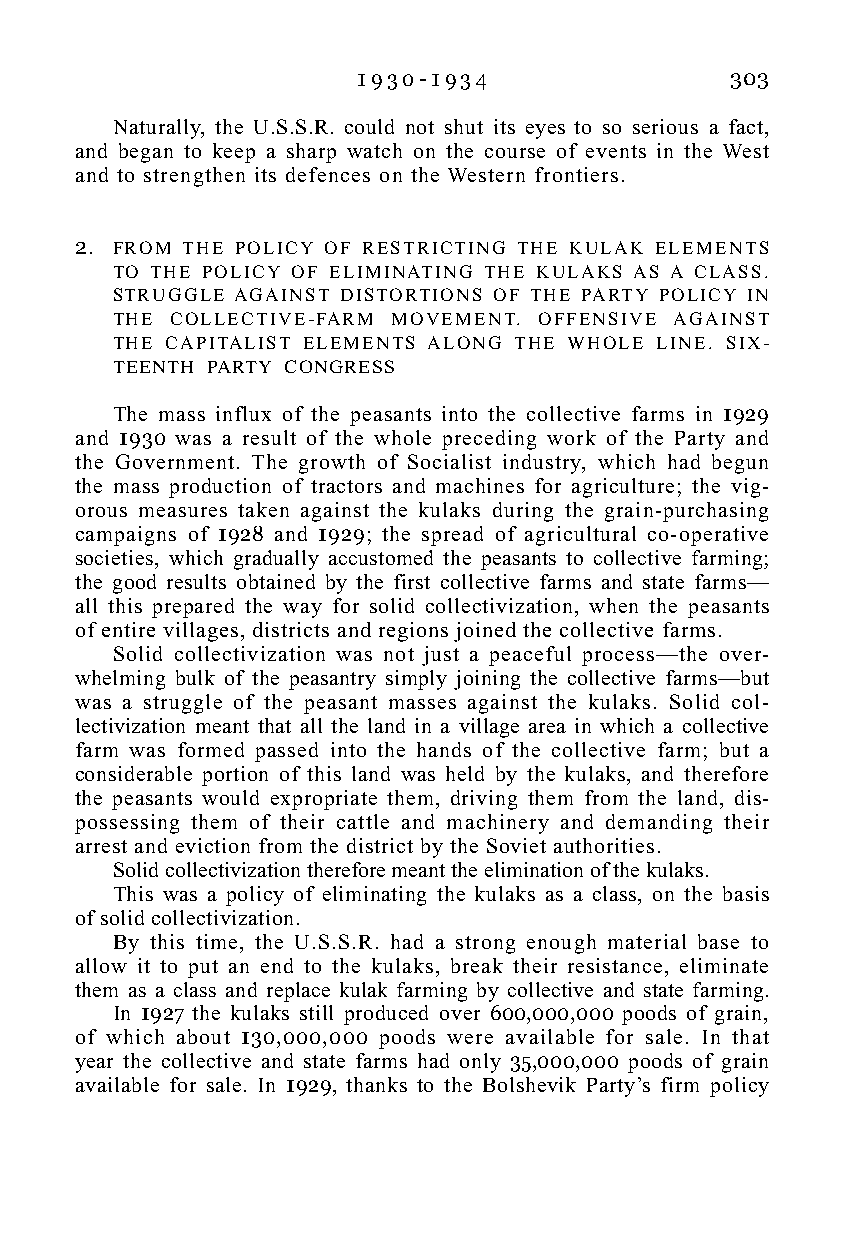
1 9 3 0 - 1 9 3 4       303
 Naturally, the U.S.S.R. could not shut its eyes to so serious a fact,
 and began to keep a sharp watch on the course of events in the West
 and to strengthen its defences on the Western frontiers.
 2. FROM THE POLICY OF RESTRICTING THE KULAK ELEMENTS
 TO THE POLICY OF ELIMINATING THE KULAKS AS A CLASS.
 STRUGGLE AGAINST DISTORTIONS OF THE PARTY POLICY IN
 THE COLLECTIVE-FARM MOVEMENT. OFFENSIVE AGAINST
 THE CAPITALIST ELEMENTS ALONG THE WHOLE LINE. SIX-
 TEENTH PARTY CONGRESS
 The mass influx of the peasants into the collective farms in 1929
 and 1930 was a result of the whole preceding work of the Party and
 the Government. The growth of Socialist industry, which had begun
 the mass production of tractors and machines for agriculture; the vig-
 orous measures taken against the kulaks during the grain-purchasing
 campaigns of 1928 and 1929; the spread of agricultural co-operative
 societies, which gradually accustomed the peasants to collective farming;
 the good results obtained by the first collective farms and state farms—
 all this prepared the way for solid collectivization, when the peasants
 of entire villages, districts and regions joined the collective farms.
 Solid collectivization was not just a peaceful process—the over-
 whelming bulk of the peasantry simply joining the collective farms—but
 was a struggle of the peasant masses against the kulaks. Solid col-
 lectivization meant that all the land in a village area in which a collective
 farm was formed passed into the hands of the collective farm; but a
 considerable portion of this land was held by the kulaks, and therefore
 the peasants would expropriate them, driving them from the land, dis-
 possessing them of their cattle and machinery and demanding their
 arrest and eviction from the district by the Soviet authorities.
 Solid collectivization therefore meant the elimination of the kulaks.
 This was a policy of eliminating the kulaks as a class, on the basis
 of solid collectivization.
 By this time, the U.S.S.R. had a strong enough material base to
 allow it to put an end to the kulaks, break their resistance, eliminate
 them as a class and replace kulak farming by collective and state farming.
 In 1927 the kulaks still produced over 600,000,000 poods of grain,
 of which about 130,000,000 poods were available for sale. In that
 year the collective and state farms had only 35,000,000 poods of grain
 available for sale. In 1929, thanks to the Bolshevik Party’s firm policy